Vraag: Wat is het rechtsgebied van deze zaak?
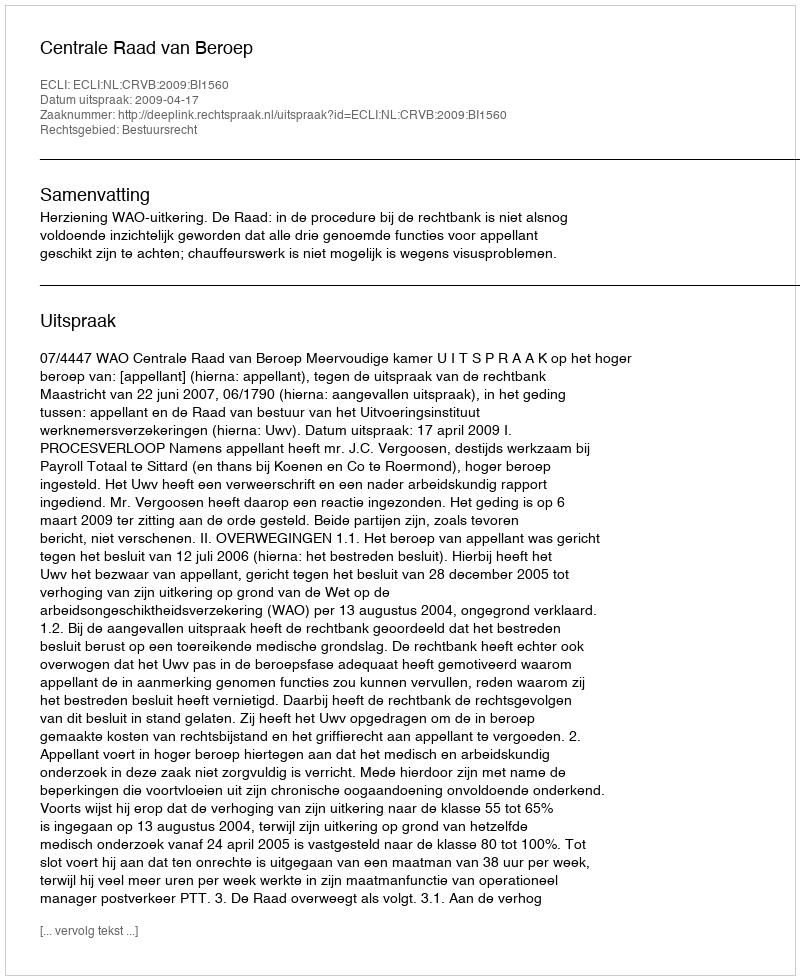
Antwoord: Bestuursrecht